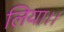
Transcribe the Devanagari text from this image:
लिया।।